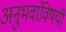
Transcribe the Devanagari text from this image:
अनुभवांविषयी